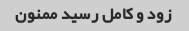
زود و کامل رسید ممنون